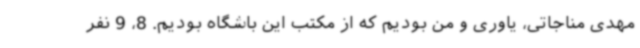
مهدی مناجاتی، یاوری و من بودیم که از مکتب این باشگاه بودیم. 8، 9 نفر